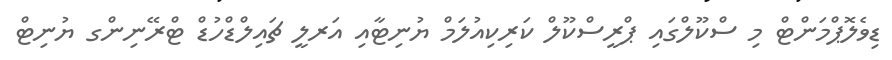
ޑިވެލޮޕްމަންޓް މި ސްކޫލްގައި ޕްރީސްކޫލް ކަރިކިއުލަމް ޔުނިޓާއި އަރލީ ޗައިލްޑްހުޑް ޓްރޭނިންގ ޔުނިޓް